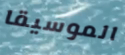
الموسيقا